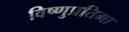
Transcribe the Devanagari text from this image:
विष्णुप्रतिमा